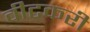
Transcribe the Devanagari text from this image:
वीटकरी